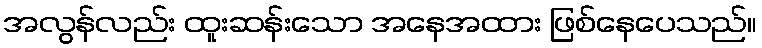
အလွန်လည်း ထူးဆန်းသော အနေအထား ဖြစ်နေပေသည်။